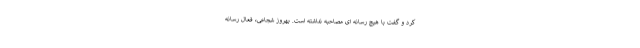
کرد و گفت با هیچ رسانه ای مصاحبه نداشته است. بهروز شجاعی، فعال رسانه